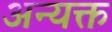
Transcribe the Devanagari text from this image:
अन्यक्त